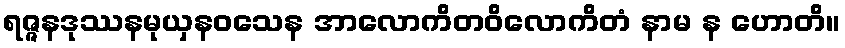
ရဇ္ဇနဒုဿနမုယှနဝသေန အာလောကိတဝိလောကိတံ နာမ န ဟောတိ။